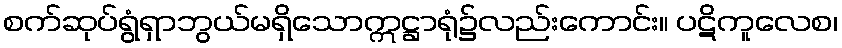
စက်ဆုပ်ရွံရှာဘွယ်မရှိသောဣဋ္ဌာရုံ၌လည်းကောင်း။ ပဋိကူလေစ၊